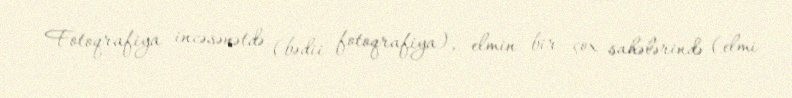
Fotoqrafiya incəsənətdə (bədii fotoqrafiya), elmin bir çox sahələrində (elmi